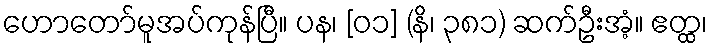
ဟောတော်မူအပ်ကုန်ပြီ။ ပန၊ [၀၁] (နိ၊ ၃၈၁) ဆက်ဦးအံ့။ ဧတ္ထ၊